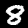
Label: 8